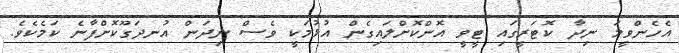
އެހެންވީމަ ނިދާ ކޮޓަރީގައި ޓީވީ އޮންކޮށްލައިގެން އުޅުމަކީ ވެސް ނިދަން އުނދަގޫކޮށްފާނެ ކަމެކެވެ.